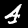
Digit: 4